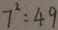
7 ^ { 2 } = 4 9